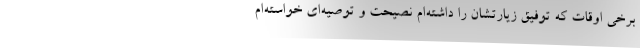
برخی اوقات که توفیق زیارتشان را داشته‌ام نصیحت و توصیه‌ای خواسته‌ام